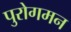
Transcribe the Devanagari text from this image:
पुरोगमन